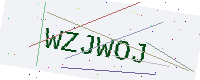
Text: WZJWOJ